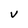
Character: V